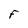
Character: F